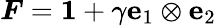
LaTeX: {\boldsymbol{F}}={\boldsymbol{\mathit{1}}}+\gamma\mathbf{e}_{1}\otimes\mathbf{e}_{2}